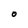
Character: O